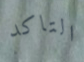
التاكد